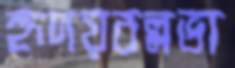
হৃদয়বল্লভা